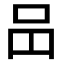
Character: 𠯮